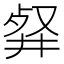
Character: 𠭘